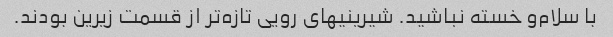
با سلام‌و خسته نباشید. شیرینیهای رویی تازه‌تر از قسمت زیرین بودند.